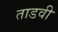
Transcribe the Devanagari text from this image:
ताडवी